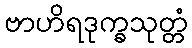
ဗာဟိရဒုက္ခသုတ္တံ